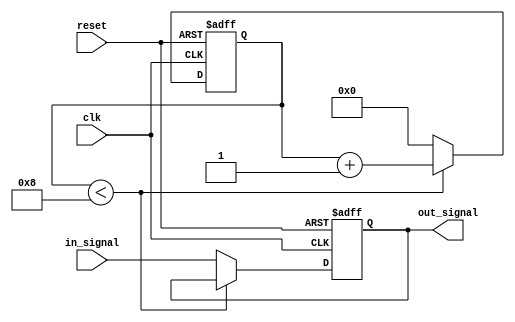
module inverter_delay(
    input wire clk,
    input wire reset,
    input wire in_signal,
    output reg out_signal
);

reg [7:0] delay_count;
parameter DELAY_AMOUNT = 8; // Delay amount in clock cycles

always @(posedge clk or posedge reset) begin
    if (reset) begin
        delay_count <= 8'b0;
        out_signal <= 1'b0;
    end else begin
        if (delay_count < DELAY_AMOUNT) begin
            delay_count <= delay_count + 8'b1;
        end else begin
            delay_count <= 8'b0;
            out_signal <= in_signal;
        end
    end
end

endmodule